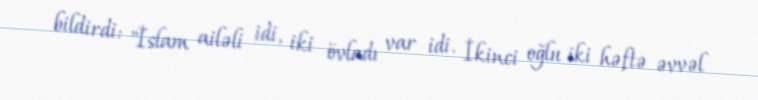
bildirdi: "İslam ailəli idi, iki övladı var idi. İkinci oğlu iki həftə əvvəl